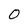
Character: 0